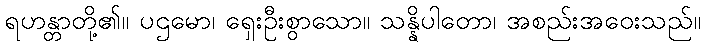
ရဟန္တာတို့၏။ ပဌမော၊ ရှေးဦးစွာသော။ သန္နိပါတော၊ အစည်းအဝေးသည်။